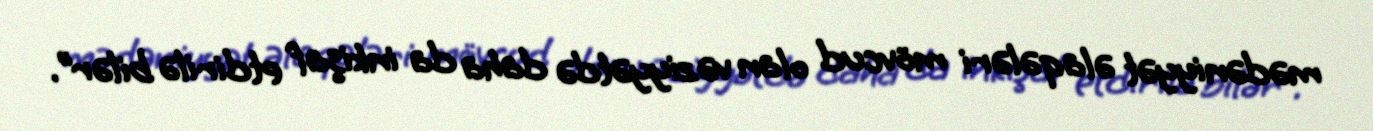
mədəniyyət əlaqələri mövcud olan vəziyyətdə daha da inkişaf etdirilə bilər”.